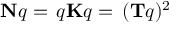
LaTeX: \mathbf { N } q = \, q \mathbf { K } q = \, ( \mathbf { T } q ) ^ { 2 }